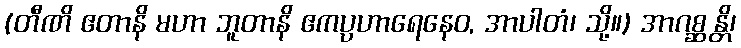
(တီဏိ ဧတာနိ မဟာ ဘူတာနိ ဧကပ္ပဟာရေနေဝ, အာပါတံ၊ သို့။) အာဂစ္ဆန္တိ၊